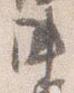
陣